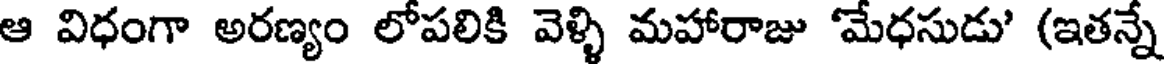
ఆ విధంగా అరణ్యం లోపలికి వెళ్ళి మహారాజు 'మేధసుడు' (ఇతన్నే